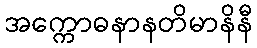
အက္ကောဓနာနတိမာနိနီ